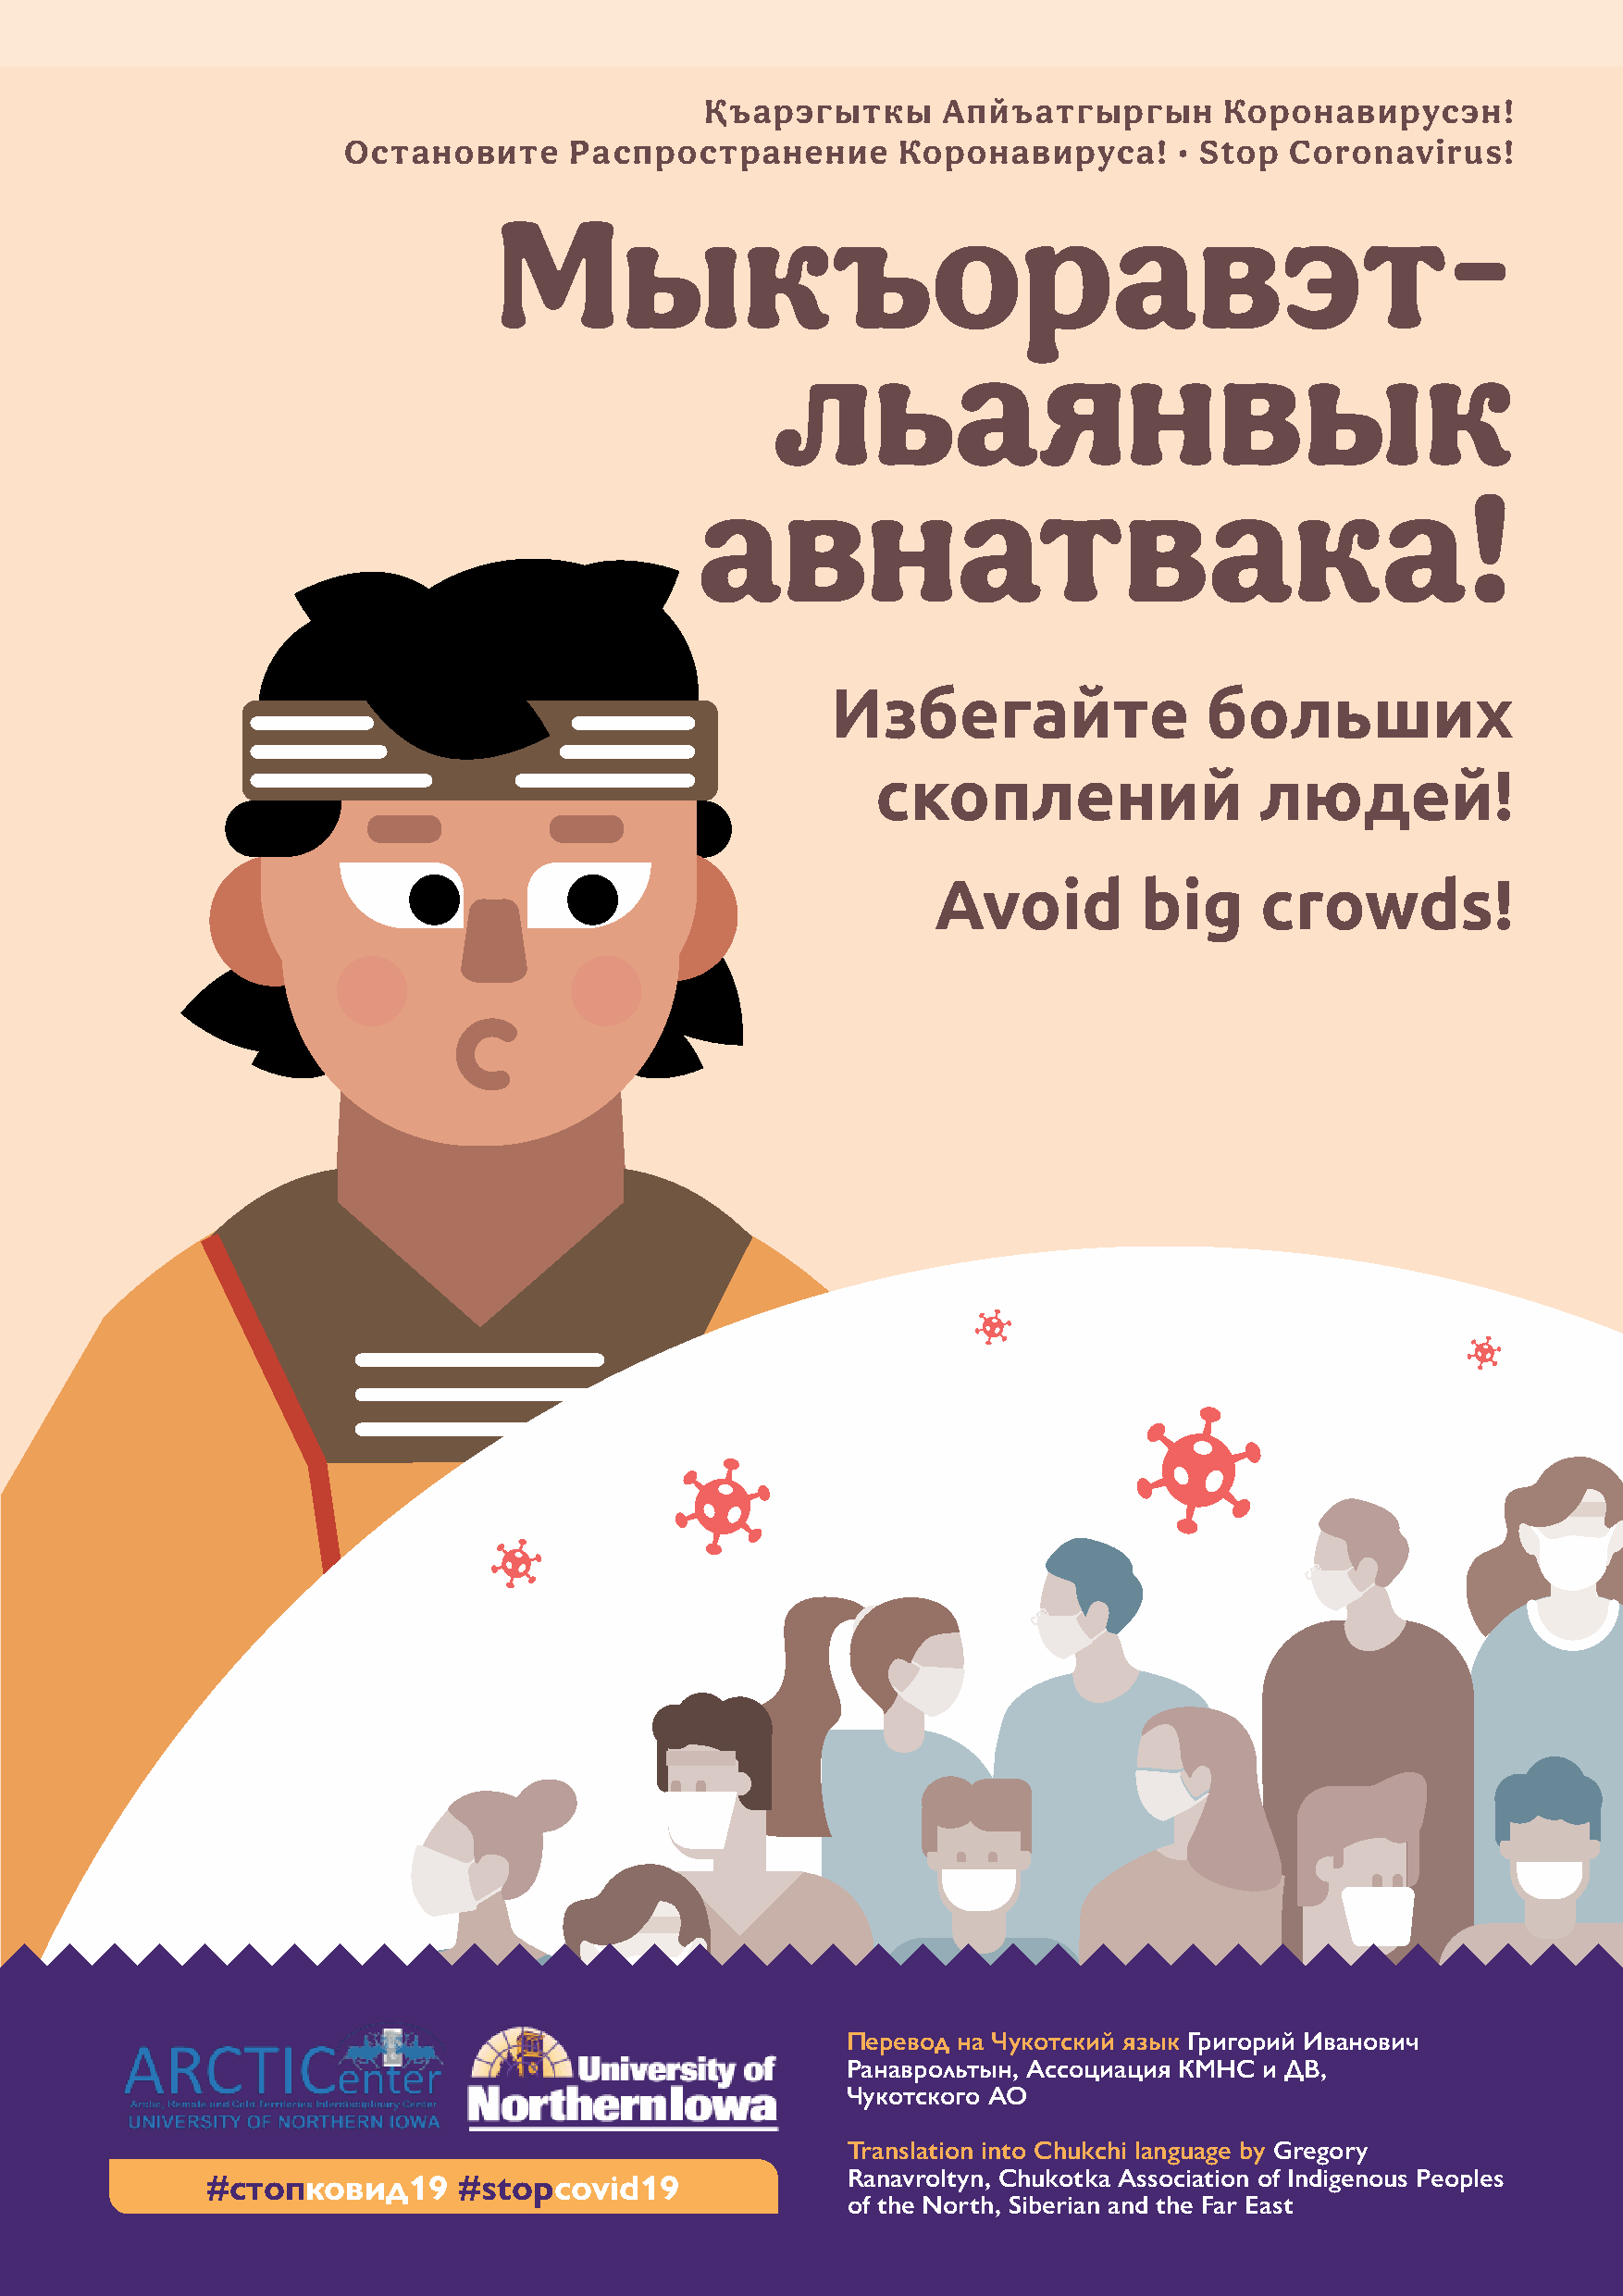
Қъарэгыткы       Апйъатгыргын         Коронавирусэн!
 Остановите      Распространение        Коронавируса!       • Stop  Coronavirus!
 Мыкъоравэт-
 льаянвык
 авнатвака!
 Избегайте                  больших
 скоплений                  людей!
 Avoid          big     crowds!
 Перевод на Чукотский язык Григорий Иванович
 Ранаврольтын, Ассоциация КМНС и ДВ,
 Чукотского АО
 Translation into Chukchi language by Gregory
 Ranavroltyn, Chukotka Association of Indigenous Peoples
 #стопковид19      #stopcovid19
 of the North, Siberian and the Far East